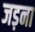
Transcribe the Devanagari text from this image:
जड़ना